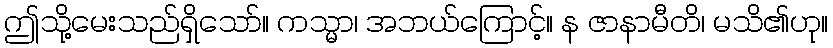
ဤသို့မေးသည်ရှိသော်။ ကသ္မာ၊ အဘယ်ကြောင့်။ န ဇာနာမီတိ၊ မသိ၏ဟု။